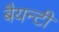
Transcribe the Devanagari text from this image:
बैयन्टी